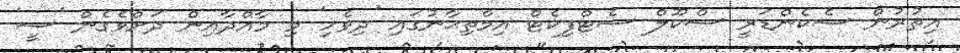
އިތުރުން ސެކެންޑަރީ ސްކޫލް ސެޓްފިކެޓް އިމްތިޙާނުގައި 'ދިވެހި' މި މާއްދާއިން ދަށްވެގެން 'ސީ'